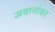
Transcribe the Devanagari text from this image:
जवानांवर